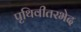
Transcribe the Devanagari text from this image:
पृथिवीतरभेद